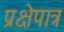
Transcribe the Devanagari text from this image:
प्रक्षेपात्र